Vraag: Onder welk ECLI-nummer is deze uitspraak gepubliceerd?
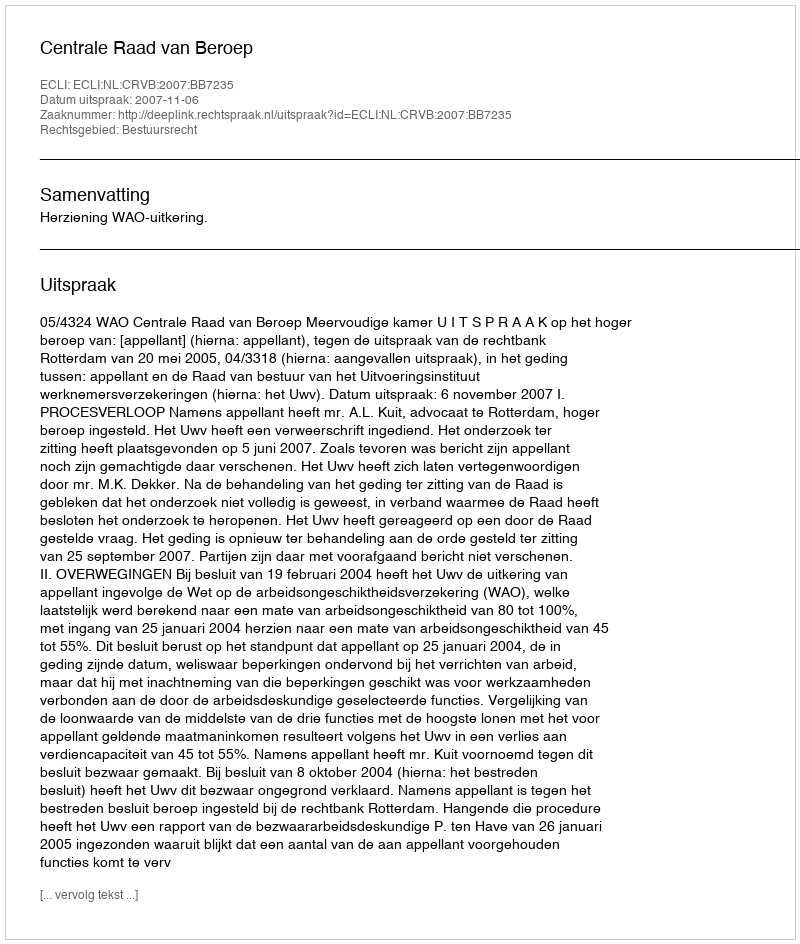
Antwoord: ECLI:NL:CRVB:2007:BB7235